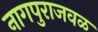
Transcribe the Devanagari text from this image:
नागपुराजवळ